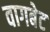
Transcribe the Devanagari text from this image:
वागबेट